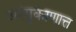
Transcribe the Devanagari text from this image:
अरंगुकाणात्त